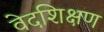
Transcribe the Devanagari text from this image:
वेदशिक्षण